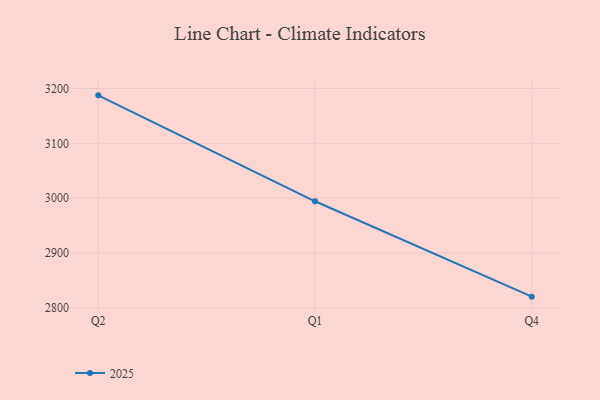
{"axis": {"x": "Quarter", "y": "Inventory Turnover"}, "legend": ["2025"], "data": [{"x": "Q2", "y": 3187.5, "type": "2025"}, {"x": "Q1", "y": 2994.3, "type": "2025"}, {"x": "Q4", "y": 2820.4, "type": "2025"}]}